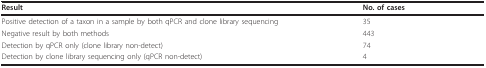
<table><thead><tr><td><b>Result</b></td><td><b>No. of cases</b></td></tr></thead><tbody><tr><td>Positive detection of a taxon in a sample by both qPCR and clone library sequencing</td><td>35</td></tr><tr><td>Negative result by both methods</td><td>443</td></tr><tr><td>Detection by qPCR only (clone library non-detect)</td><td>74</td></tr><tr><td>Detection by clone library sequencing only (qPCR non-detect)</td><td>4</td></tr></tbody></table>